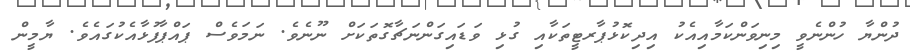
ދުންޔާ ހުންނެވީ މިނިވަންކަމާއިއެކު އިދިކޮޅުޕާރޓީތަކާއި ގުޅި ވަޑައިގަންނަޗާގޮތަކަށް ނޫނެވެ. ނަމަވެސް ޕައްޕާފުޅާއެކުގައެވެ. ޔާމީން